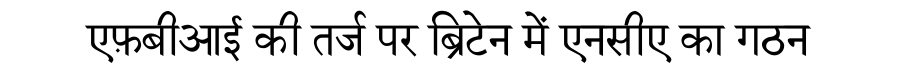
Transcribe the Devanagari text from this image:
एफ़बीआई की तर्ज पर ब्रिटेन में एनसीए का गठन